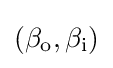
{\textstyle (\beta _{\mathrm {o} },\beta _{\mathrm {i} })}